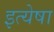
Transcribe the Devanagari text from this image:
इत्येषा